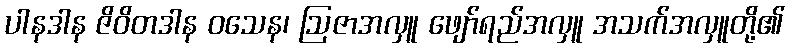
ပါနဒါန ဇိဝိတဒါန ဝသေန၊ ဩဇာအလှူ ဖျော်ရည်အလှူ အသက်အလှူတို့၏